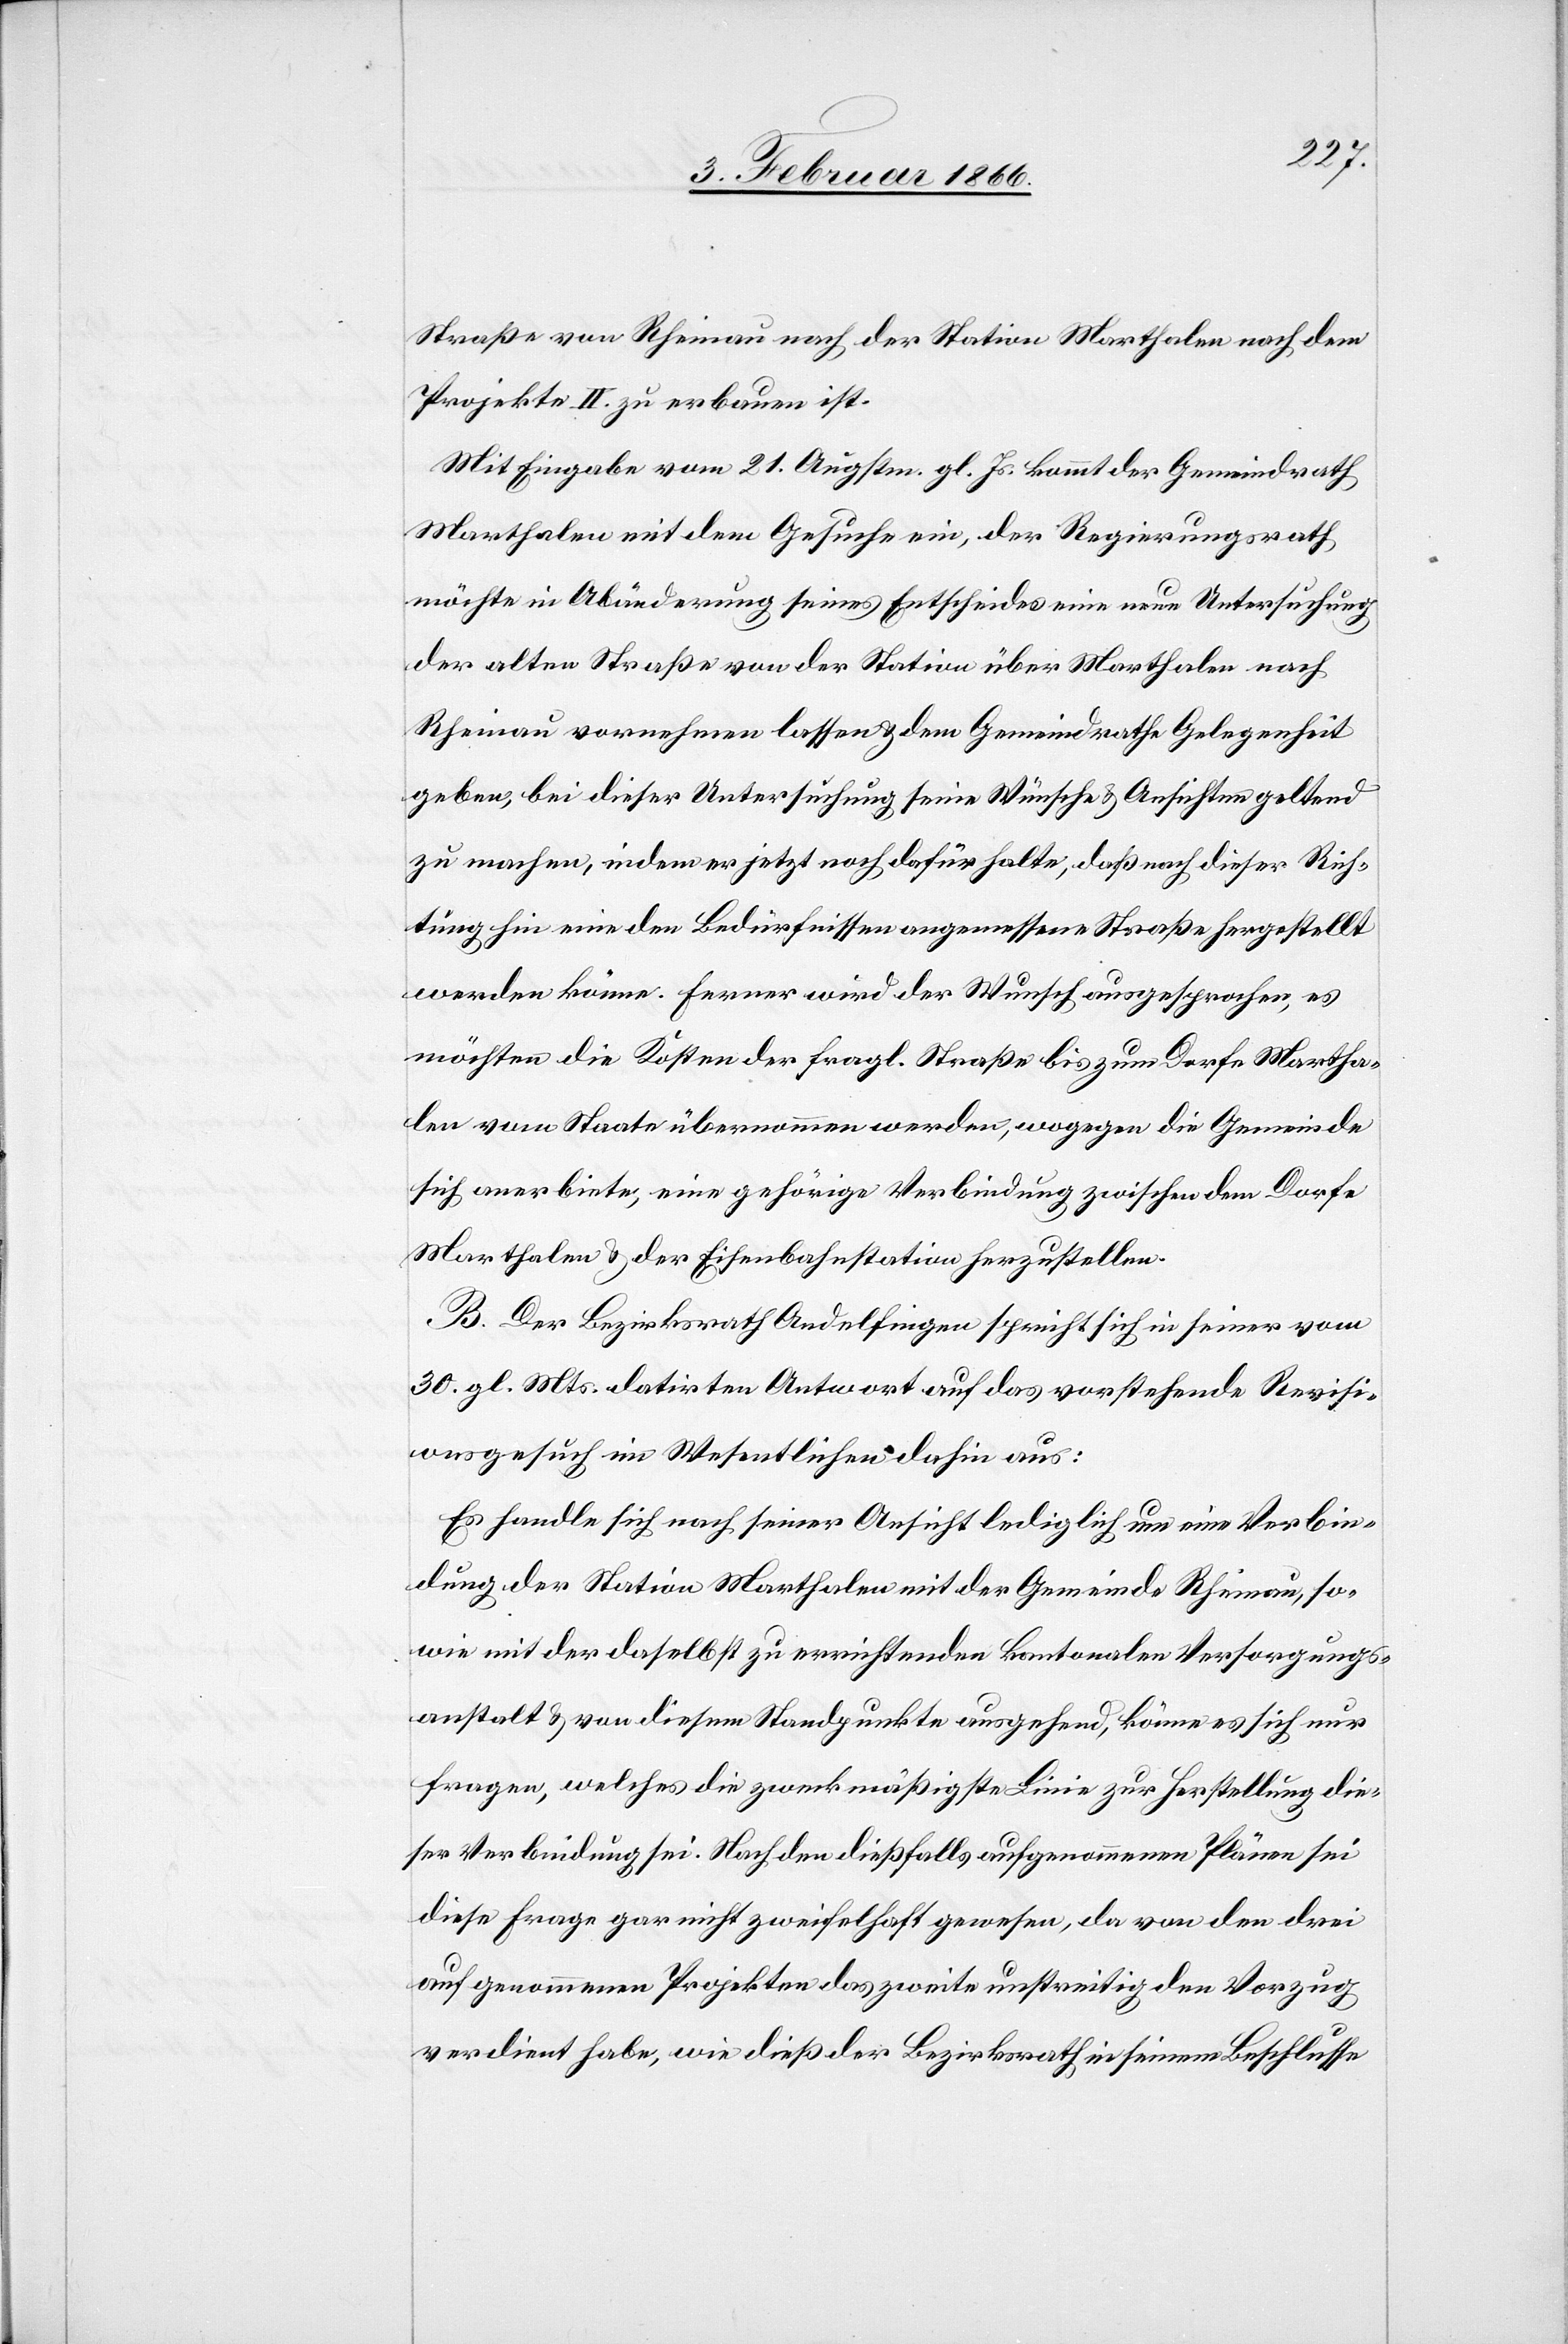
Straße von Rheinau nach der Station Marthalen nach dem
Projekte II. zu erbauen ist.
Mit Eingabe vom 21. Augstm. gl. Js. kommt der Gemeindrath
Marthalen mit dem Gesuche ein, der Regierungsrath
möchte in Abänderung seines Entscheides eine neue Untersuchung
der alten Straße von der Station über Marthalen nach
Rheinau vornehmen lassen u. dem Gemeindrathe Gelegenheit
geben, bei dieser Untersuchung seine Wünsche u. Ansichten geltend
zu machen, indem er jetzt noch dafür halte, daß nach dieser Rich¬
tung hin eine den Bedürfnissen angemessene Straße hergestellt
werden könne. Ferner wird der Wunsch ausgesprochen, es
möchten die Kosten der fragl. Straße bis zum Dorfe Martha¬
len vom Staate übernommen werden, wogegen die Gemeinde
sich anerbiete, eine gehörige Verbindung zwischen dem Dorfe
Marthalen u. der Eisenbahnstation herzustellen.
B. Der Bezirksrath Andelfingen spricht sich in seiner vom
30. gl. Mts. datirten Antwort auf das vorstehende Revisi¬
onsgesuch im Wesentlichen dahin aus:
Es handle sich nach seiner Ansicht lediglich um eine Verbin¬
dung der Station Marthalen mit der Gemeinde Rheinau, so¬
wie mit der daselbst zu errichtenden kantonalen Versorgungs¬
anstalt u. von diesem Standpunkte ausgehend, könne es sich nur
fragen, welches die zweckmäßigste Linie zur Herstellung die¬
ser Verbindung sei. Nach den dießfalls aufgenommenen Plänen sei
diese Frage gar nicht zweifelhaft gewesen, da von den drei
aufgenommenen Projekten das zweite unstreitig den Vorzug
verdient habe, wie dieß der Bezirksrath in seinem Beschlusse